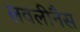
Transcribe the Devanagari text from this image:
लवलीनैस